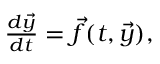
\begin{array} { r } { \frac { d \vec { y } } { d t } = \vec { f } ( t , \vec { y } ) , } \end{array}